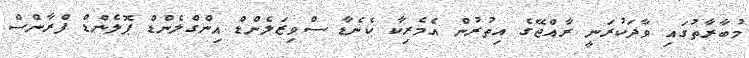
މުބާރާތުގައި ވާދަކުރަނީ ރާއްޖޭގެ އިތުރުން އެމެރިކާ ކެނެޑާ ސްވިޒަލެންޑް އިންގްލެންޑް ޕޮލެންޑް ފްރާންސް